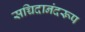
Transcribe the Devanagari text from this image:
सच्चिदानंदरूप